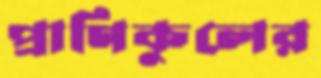
প্রাণিকুলের